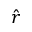
\hat { r }